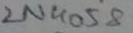
Text: 2N4058